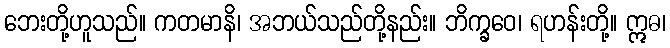
ဘေးတို့ဟူသည်။ ကတမာနိ၊ အဘယ်သည်တို့နည်း။ ဘိက္ခဝေ၊ ရဟန်းတို့။ ဣဓ၊